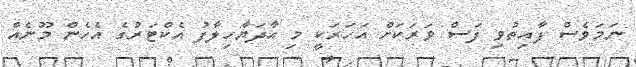
ނަމަވެސް ފާއިތުވި ފަސް ވަރަކަށް އަހަރަކީ މި އާދަޔާހިލާފު އެކްޓަރުގެ އެހެން މޫނެއް